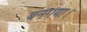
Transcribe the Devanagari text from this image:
बनगया।